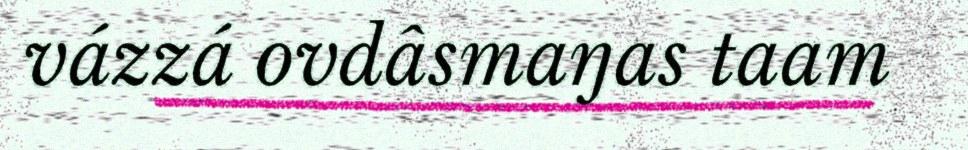
vázzá ovdâsmaŋas taam